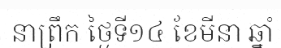
នាព្រឹក ថ្ងៃទី១៤ ខែមីនា ឆ្នាំ